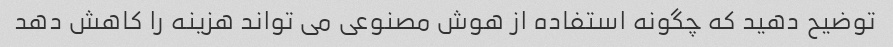
توضیح دهید که چگونه استفاده از هوش مصنوعی می تواند هزینه را کاهش دهد